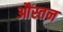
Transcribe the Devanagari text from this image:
औस्तन